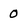
Character: 0